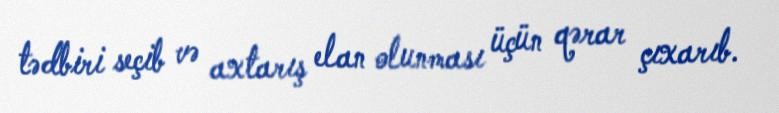
tədbiri seçib və axtarış elan olunması üçün qərar çıxarıb.